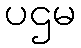
ပဌမ